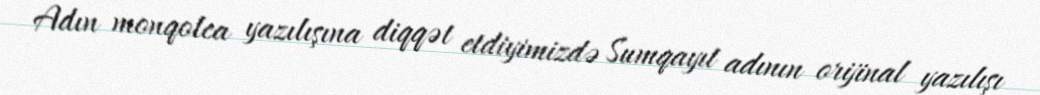
Adın monqolca yazılışına diqqət etdiyimizdə Sumqayıt adının orijinal yazılışı